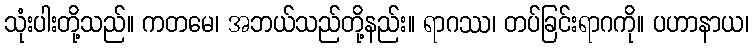
သုံးပါးတို့သည်။ ကတမေ၊ အဘယ်သည်တို့နည်း။ ရာဂဿ၊ တပ်ခြင်းရာဂကို။ ပဟာနာယ၊